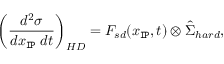
\left( \frac { d ^ { 2 } \sigma } { d x _ { \tt I \! P } \ d t } \right) _ { H D } = F _ { s d } ( x _ { \tt I \! P } , t ) \otimes { \hat { \Sigma } } _ { h a r d } ,